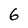
Character: 6